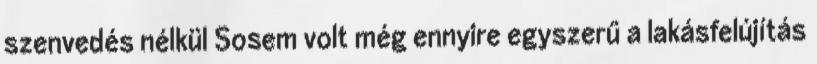
szenvedés nélkül Sosem volt még ennyire egyszerű a lakásfelújítás